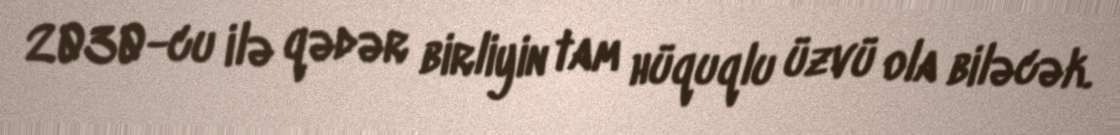
2030-cu ilə qədər birliyin tam hüquqlu üzvü ola biləcək.